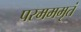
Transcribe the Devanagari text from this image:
परमममृतं